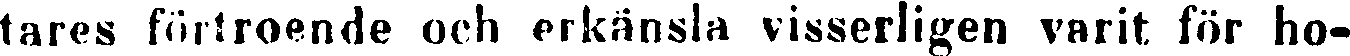
tares förtroende och erkänsla visserligen varit för ho-